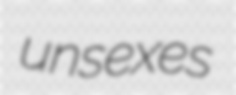
unsexes